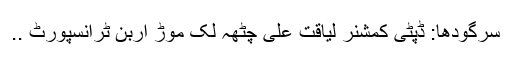
سرگودھا: ڈپٹی کمشنر لیاقت علی چٹھہ لک موڑ اربن ٹرانسپورٹ ..